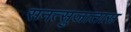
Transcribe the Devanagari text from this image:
सनत्सुजातास